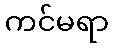
ကင်မရာ